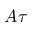
A \tau